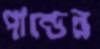
পান্ডের